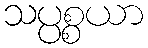
သပ္ပစ္စယာ